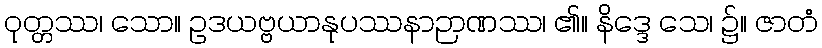
ဝုတ္တဿ၊ သော။ ဥဒယဗ္ဗယာနုပဿနာဉာဏဿ၊ ၏။ နိဒ္ဒေ သေ၊ ၌။ ဇာတံ